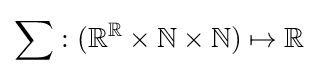
\sum :(\mathbb {R} ^{\mathbb {R} }\times \mathbb {N} \times \mathbb {N} )\mapsto \mathbb {R}